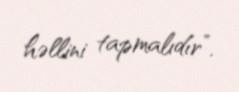
həllini tapmalıdır”.